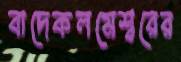
বাদেকলমেশ্বরের